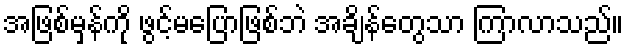
အဖြစ်မှန်ကို ဖွင့်မပြောဖြစ်ဘဲ အချိန်တွေသာ ကြာလာသည်။